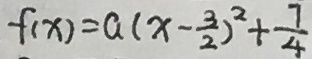
f ( x ) = a ( x - \frac { 3 } { 2 } ) ^ { 2 } + \frac { 7 } { 4 }